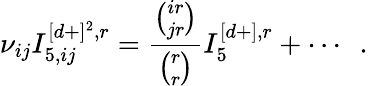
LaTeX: \nu_{ij}I_{5,ij}^{[d+]^{2},r}=\frac{{\binom{ir}{jr}}}{{\binom{r}{r}}}I_{5}^{[d+],r}+\cdots~~.